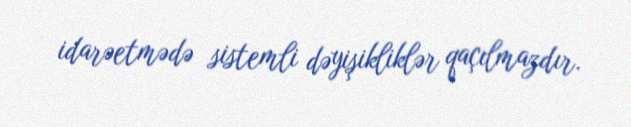
idarəetmədə sistemli dəyişikliklər qaçılmazdır.